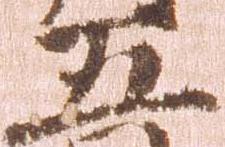
五